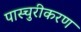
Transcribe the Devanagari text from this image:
पास्चुरीकरण